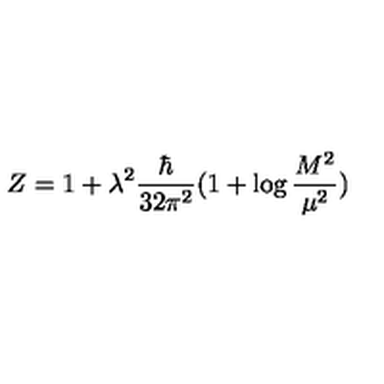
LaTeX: Z = 1 + \lambda ^ { 2 } \frac { \hbar } { 3 2 \pi ^ { 2 } } ( 1 + \log \frac { M ^ { 2 } } { \mu ^ { 2 } } )